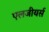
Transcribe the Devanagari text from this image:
एलजीयर्स